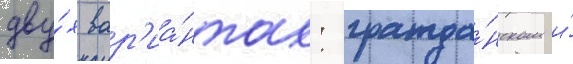
дву́х вар'иа́нтах: гражда́нском и́